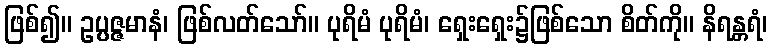
ဖြစ်၍။ ဥပ္ပဇ္ဇမာနံ၊ ဖြစ်လတ်သော်။ ပုရိမံ ပုရိမံ၊ ရှေးရှေး၌ဖြစ်သော စိတ်ကို။ နိရန္တရံ၊